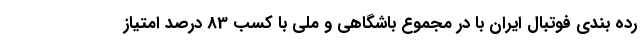
رده بندی فوتبال ایران با در مجموع باشگاهی و ملی با کسب 83 درصد امتیاز